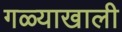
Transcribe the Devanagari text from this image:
गळ्याखाली